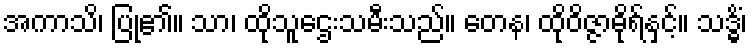
အကာသိ၊ ပြု၏။ သာ၊ ထိုသူဌေးသမီးသည်။ တေန၊ ထိုဝိဇ္ဇာဓိုရ်နှင့်။ သဒ္ဓိံ၊